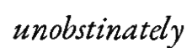
unobstinately